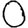
Digit: 0